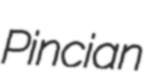
Pincian